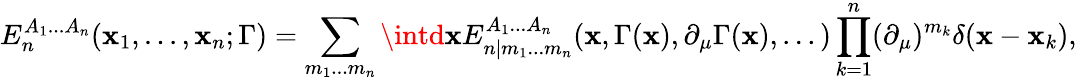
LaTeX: E_{n}^{A_{1}...A_{n}}(\mathbf{x}_{1},...,\mathbf{x}_{n};\Gamma)=\sum_{m_{1}...m_{n}}\intd\mathbf{x}E_{n|m_{1}...m_{n}}^{A_{1}...A_{n}}(\mathbf{x},\Gamma(\mathbf{x}),\partial_{\mu}\Gamma(\mathbf{x}),...)\prod_{k=1}^{n}(\partial_{\mu})^{m_{k}}\delta(\mathbf{x}-\mathbf{x}_{k}),